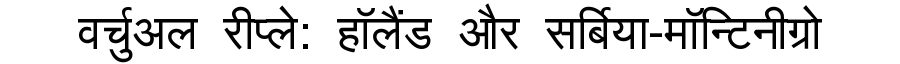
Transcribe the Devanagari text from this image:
वर्चुअल रीप्ले: हॉलैंड और सर्बिया-मॉन्टिनीग्रो